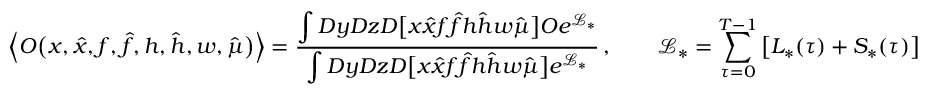
\Big \langle O \big ( x , \hat { x } , f , \hat { f } , h , \hat { h } , w , \hat { \mu } \big ) \Big \rangle = \frac { \displaystyle \int D y D z D \big [ x \hat { x } f \hat { f } h \hat { h } w \hat { \mu } \big ] O e ^ { \mathcal { L } _ { * } } } { \displaystyle \int D y D z D \big [ x \hat { x } f \hat { f } h \hat { h } w \hat { \mu } \big ] e ^ { \mathcal { L } _ { * } } } \, , \qquad \mathcal { L } _ { * } = \sum _ { \tau = 0 } ^ { T - 1 } \big [ L _ { * } ( \tau ) + S _ { * } ( \tau ) \big ]